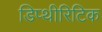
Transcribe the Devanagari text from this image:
डिप्थीरिटिक